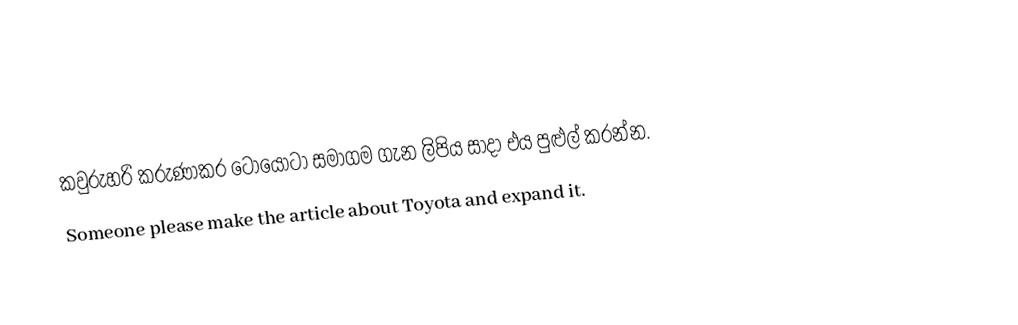
කවුරුහරි කරුණාකර ටොයොටා සමාගම ගැන ලිපිය සාදා එය පුළුල් කරන්න.
Someone please make the article about Toyota and expand it.